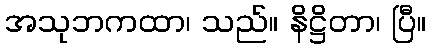
အသုဘကထာ၊ သည်။ နိဋ္ဌိတာ၊ ပြီ။